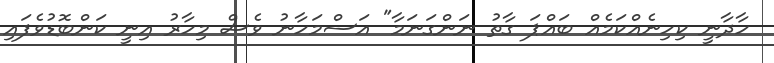
ހާދާނީ ކިހިނެއްކަމެއް ބައްޕަ ގާތު ނަންގަނަމާ" އަސްމަހާނު ވެސް މިހާރު އިނީ ކަންބޮޑުވެފައި